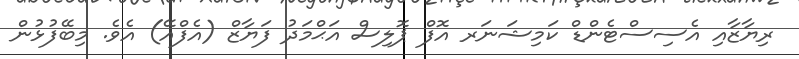
ރިޔާޒާއި އެސިސްޓެންޑް ކަމިޝަނަރ އޮފް ޕޮލިސް އަޙްމަދު ފަޔާޒް (އެފްއޭ) އެވެ. މިބޭފުޅުން